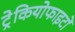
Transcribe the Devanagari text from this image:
ट्रेकियोफाइटों